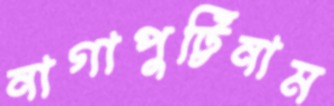
নাগাপুট্টিনাম